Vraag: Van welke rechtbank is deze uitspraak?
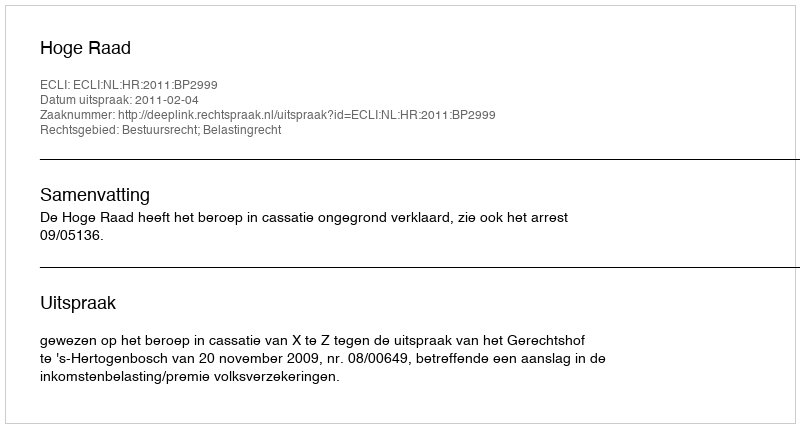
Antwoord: Hoge Raad